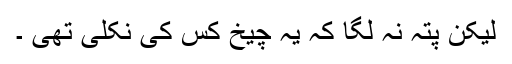
لیکن پتہ نہ لگا کہ یہ چیخ کس کی نکلی تھی ۔